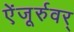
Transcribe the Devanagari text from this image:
ऐंजूर्रुवर्